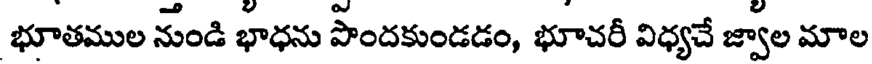
భూతముల నుండి భాధను పొందకుండడం, భూచరీ విధ్యచే జ్వాల మాల